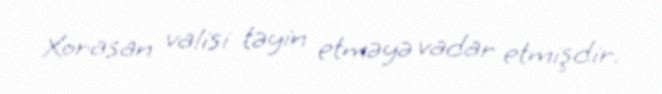
Xorasan valisi təyin etməyə vadar etmişdir.